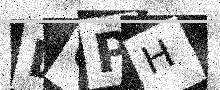
Text: LCPH